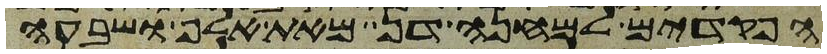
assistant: הפקדים למחנה דן מאת אלף ושבעה